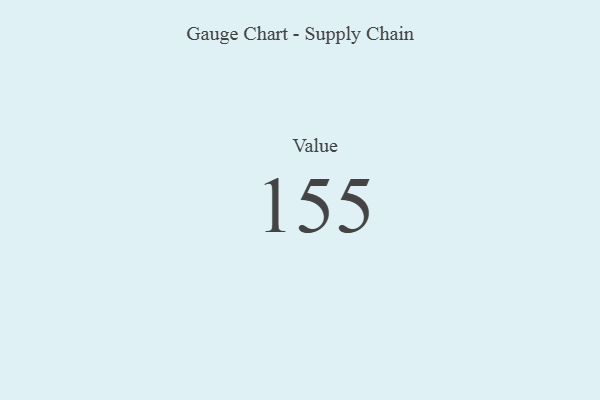
{"axis": {"x": "Metric", "y": "Value"}, "legend": [""], "data": [{"x": "Value", "y": 155, "type": ""}]}